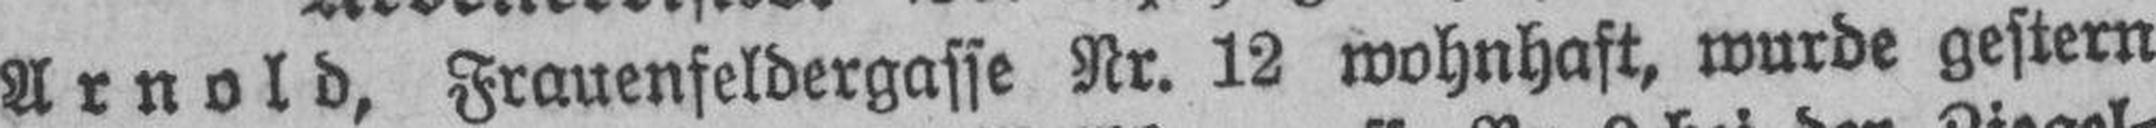
Arnold, Frauenfeldergasse Nr. 12 wohnhaft, wurde gestern